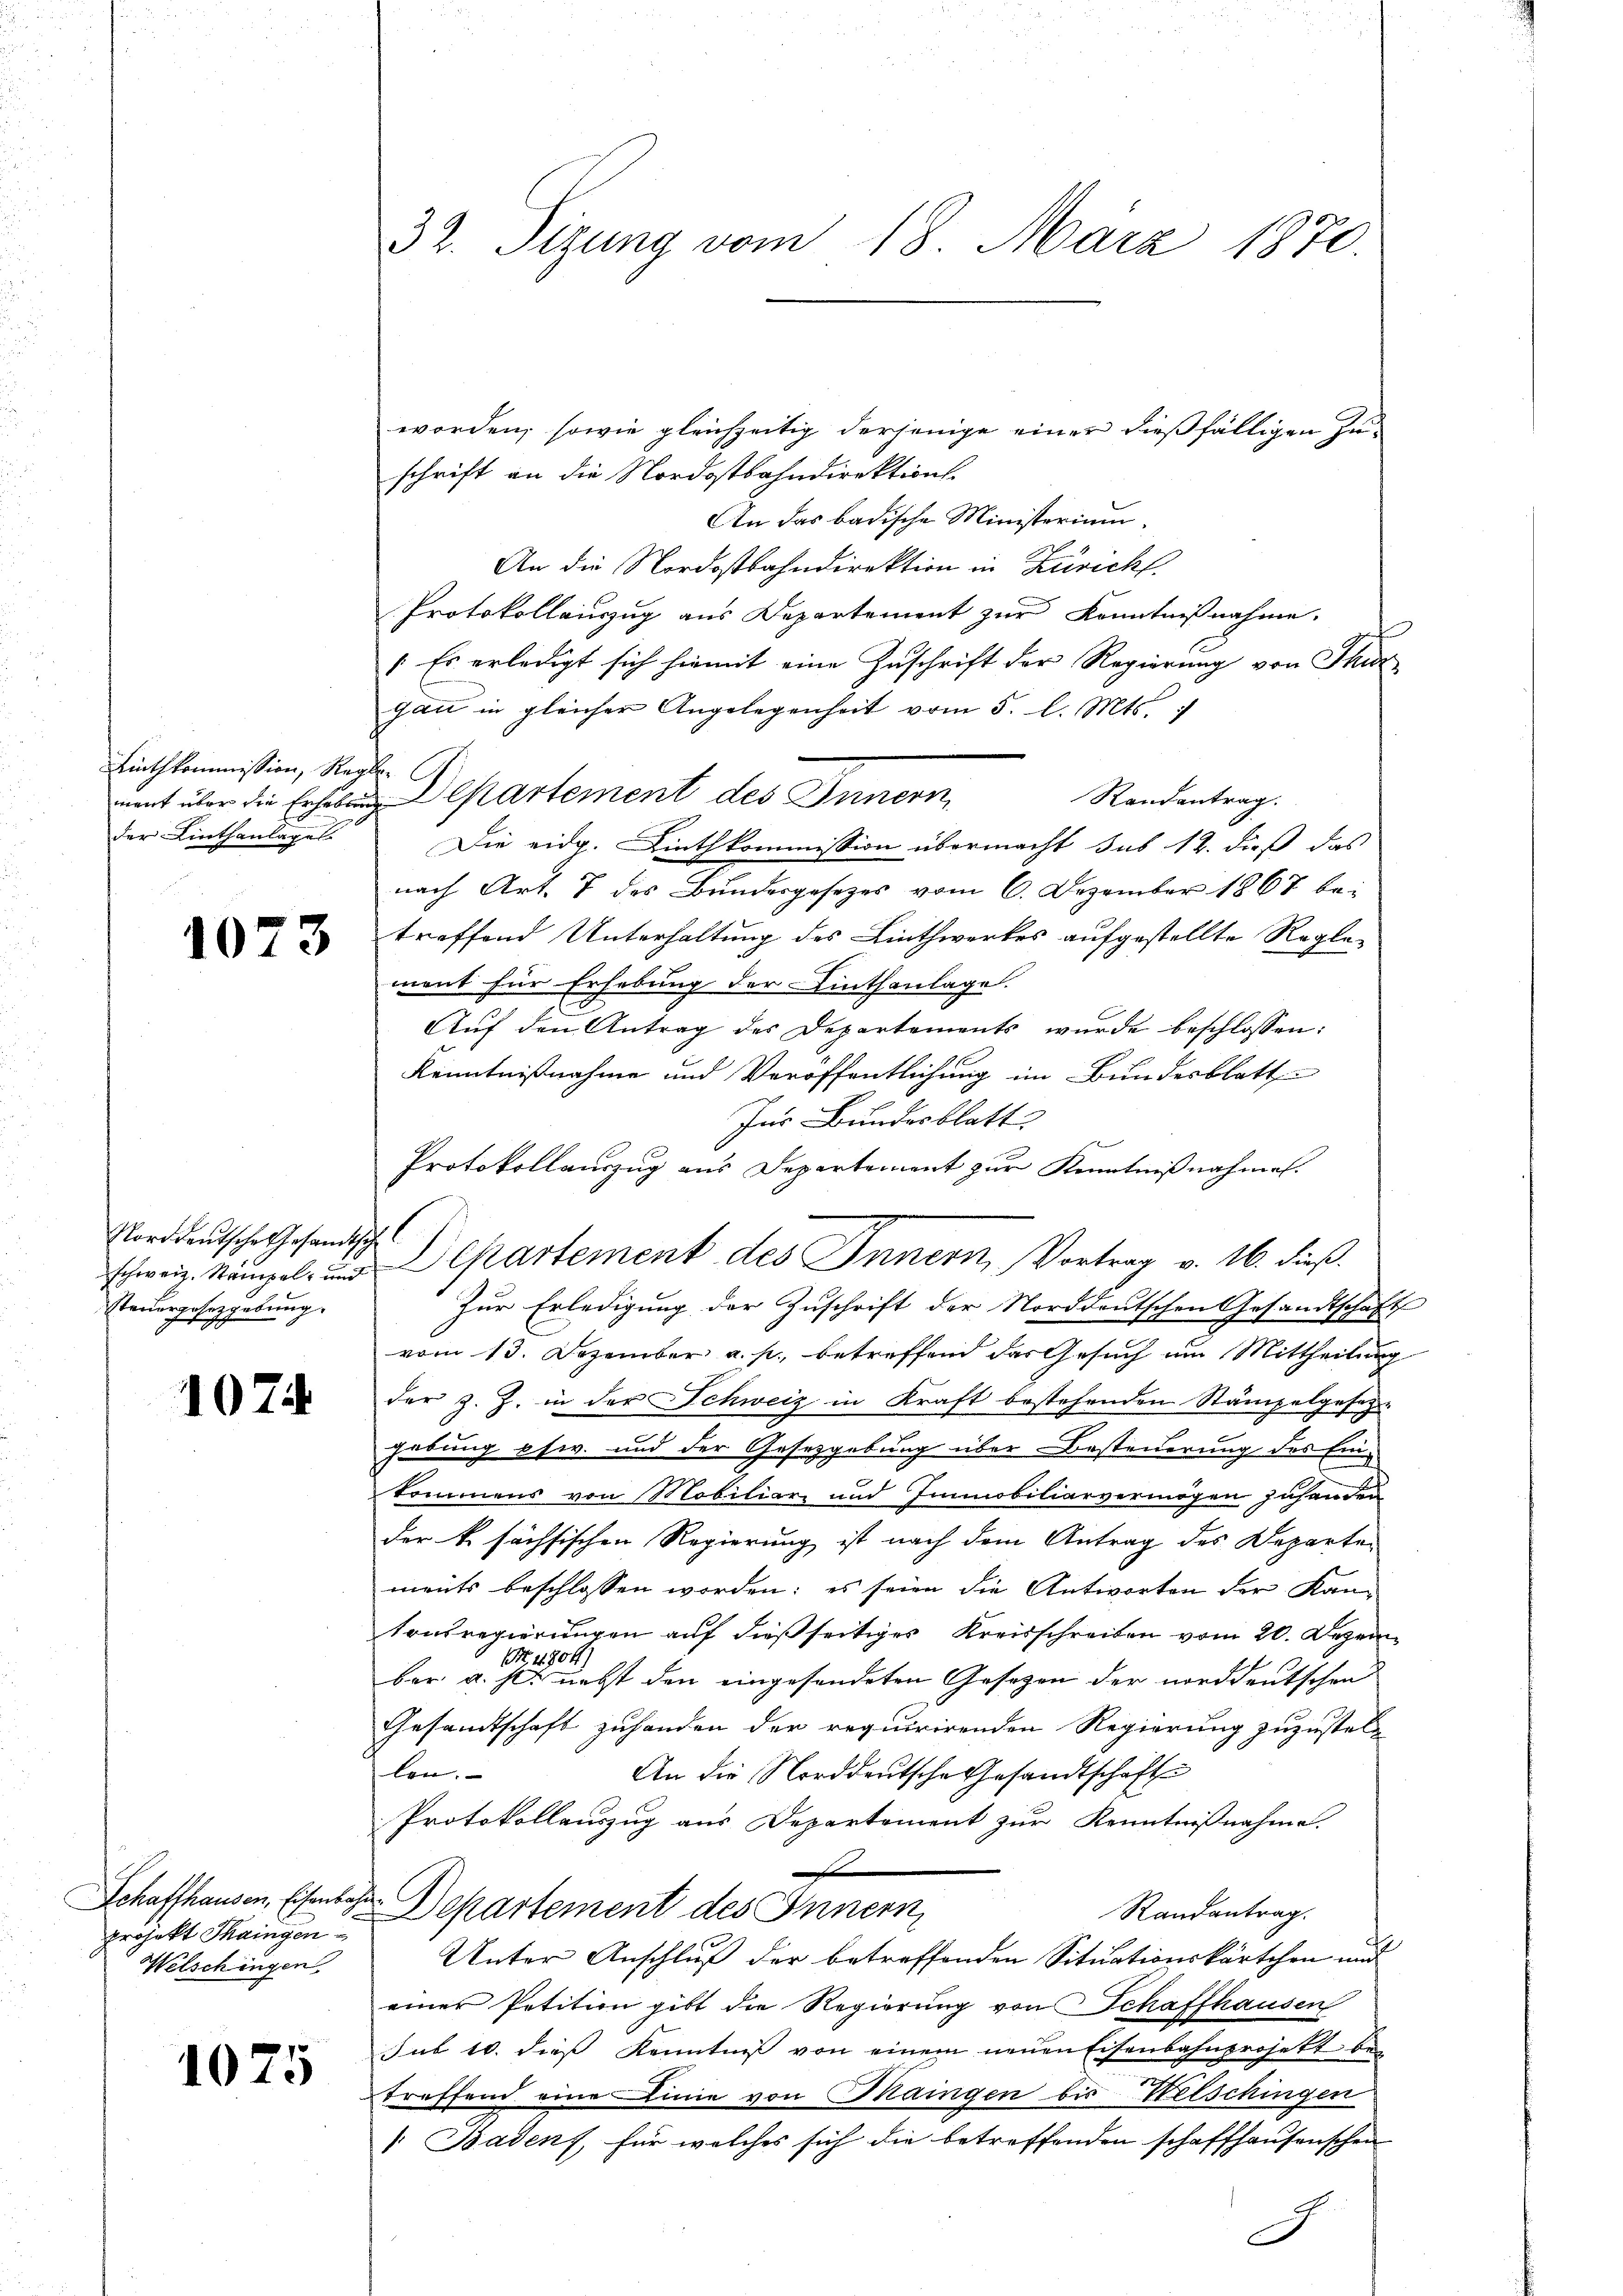
Linthkommission, Rement über die Erheben
der Linthanlages.

1073

Norddeutsche Gesandtsc
schweiz. Stampel- und
steuergesetzgebung.

1074

Schaffhausen, Eisenbahr
projekt Thaingen
Welschingen

1075

32. Sizung vom 18. März 1870

worden, sowie gleichzeitig derjenige einer dießfälligen Zuschrift an die Nordostbahndirektion.
An das badische Ministerium.
An die Nordostbahndirektion in Züricht.
Protokollauszug aus Departement zur Kenntnißnahme.
(Es erledigt sich hiemit eine Zuschrift der Regierung von Thur
gau in gleicher Angelegenheit vom 5. l. Mts.
f
Departement des Innern,
Randantrag.
Die eidg. Linthkommission übermacht sub 12. dieß das
nach Art. 7 des Bundesgesezes vom 6. Dezember 1867 betreffend Unterhaltung des Linthwerkes aufgestellte Reglement für Erhebung der Linthanlage.
Aŭf den Antrag des Departements wurde beschlossen:
Kenntnißnahme und Veröffentlichung im Bundesblatt
Ins Bundesblatt
Protokollauszug aus Departement zur Kenntnißnahmen.
d
Zur Erledigung der Zuschrift der Norddeutschen Gesandtschaft
vom 13. Dezember a. p. betreffend das Gesuch um Mittheilung
der z. Z. in der Schweiz in Kraft bestehenden Stämpelgesetz-
hebung esw. und der Gesetzgebung über Besteuerung des Einkommens von Mobiliare und Immobiliarvermögen zuhanden
der k. sächsischen Regierung ist nach dem Antrag des Departements beschlossen worden; es seien die Antworten der Kan-
tonsregierungen auf dießseitiges Kreisschreiben vom 20. Dezem
(. 4804)
ber u. s. nebst den eingesendeten Gesetzen der norddeutschen
Gesamtschaft zuhanden der requirirenden Regierung zuzustell
len.
An die Norddeutsche Gesandtschaft
Protokollauszug aus Departement zur Kenntnißnahme.
e
Departement des Innern
Randantrag.
Unter Anschluß der betreffenden Situationskärtchen und
einer Petition gibt die Regierung von Schaffhausen
sub 10. dies Kenntnis von einem neuen Eisenbahnprojekt bei
treffend eine Linie von Maingen bis Welschingen
/. Baden, für welches sich die betreffenden schaffhausenschen
.

Departement des Innern, Vortrag v. 16. dieß.